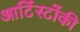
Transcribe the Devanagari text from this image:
आर्टिस्टोंकी